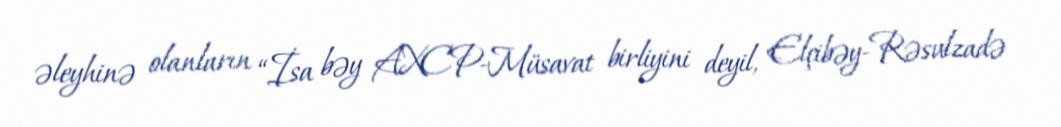
əleyhinə olanların “İsa bəy AXCP-Müsavat birliyini deyil, Elçibəy-Rəsulzadə